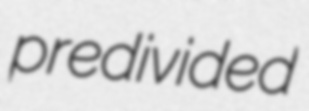
predivided